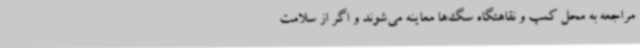
مراجعه به محل کمپ و نقاهتگاه سگ‌ها معاینه می‌شوند و اگر از سلامت